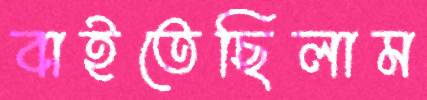
বাইতেছিলাম